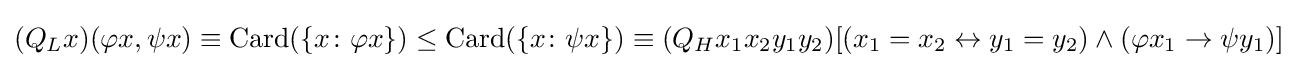
(Q_{L}x)(\varphi x,\psi x)\equiv \operatorname {Card} (\{x\colon \varphi x\})\leq \operatorname {Card} (\{x\colon \psi x\})\equiv (Q_{H}x_{1}x_{2}y_{1}y_{2})[(x_{1}=x_{2}\leftrightarrow y_{1}=y_{2})\land (\varphi x_{1}\rightarrow \psi y_{1})]